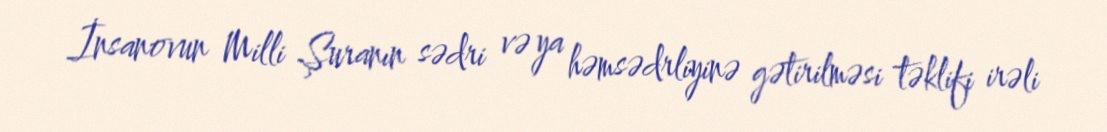
İnsanovun Milli Şuranın sədri və ya həmsədrliyinə gətirilməsi təklifi irəli